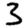
Digit: 3